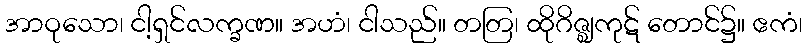
အာဝုသော၊ ငါ့ရှင်လက္ခဏ။ အဟံ၊ ငါသည်။ တတြ၊ ထိုဂိဇ္ဈကုဋ် တောင်၌။ ဧကံ၊